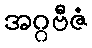
အဂ္ဂဗီဇံ